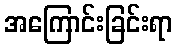
အကြောင်းခြင်းရာ